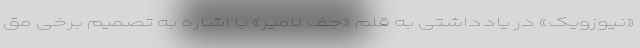
«نیوزویک» در یادداشتی به قلم «جف لامیر» با اشاره به تصمیم برخی مق